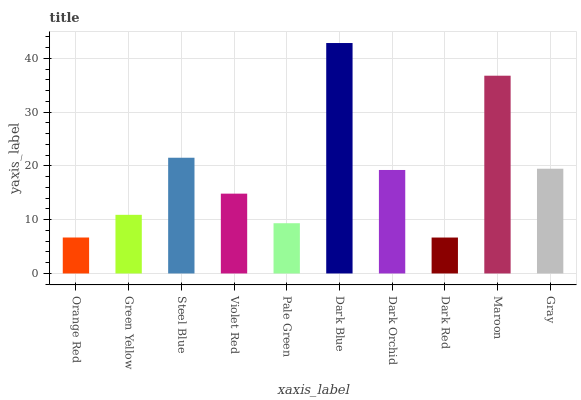
| xaxis_label | bars |
 | --- | --- |
 | Orange Red | 6.68 |
 | Green Yellow | 10.9 |
 | Steel Blue | 21.5 |
 | Violet Red | 14.8 |
 | Pale Green | 9.34 |
 | Dark Blue | 42.8 |
 | Dark Orchid | 19.2 |
 | Dark Red | 6.68 |
 | Maroon | 36.8 |
 | Gray | 19.5 |